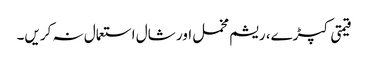
قیمتی کپڑے، ریشم مخمل اور شال استعمال نہ کریں۔